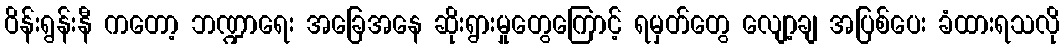
ဝိန်းရွန်းနီ ကတော့ ဘဏ္ဍာရေး အခြေအနေ ဆိုးရွားမှုတွေကြောင့် ရမှတ်တွေ လျော့ချ အပြစ်ပေး ခံထားရသလို